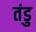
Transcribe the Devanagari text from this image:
तंडु